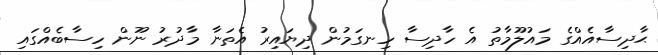
ޙާދިސާއެއްގެ މައުލޫމާތު އެ ހާދިސާ ހިނގަމުން ދިޔައިރު އެތަނާ މާދުރު ނޫން ހިސާބެއްގައި